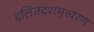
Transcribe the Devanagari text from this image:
दलितदशमुखरण